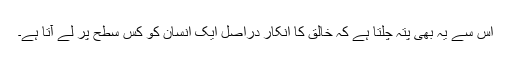
اس سے یہ بھی پتہ چلتا ہے کہ خالق کا انکار دراصل ایک انسان کو کس سطح پر لے آتا ہے۔